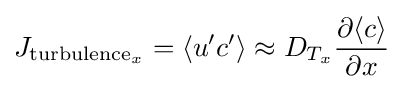
J_{{\text{turbulence}}_{x}}=\langle u'c'\rangle \approx D_{T_{x}}{\frac {\partial \langle c\rangle }{\partial x}}